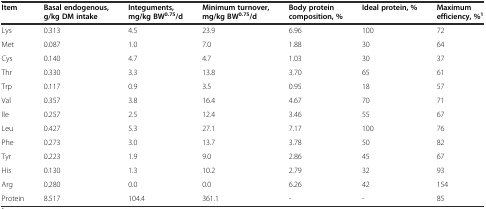
<table><thead><tr><td><b>Item</b></td><td><b>Basal endogenous, g/kg DM intake</b></td><td><b>Integuments, mg/kg BW<sup>0.75</sup>/d</b></td><td><b>Minimum turnover, mg/kg BW<sup>0.75</sup>/d</b></td><td><b>Body protein composition, %</b></td><td><b>Ideal protein, %</b></td><td><b>Maximum efficiency, %<sup>1</sup></b></td></tr></thead><tbody><tr><td>Lys</td><td>0.313</td><td>4.5</td><td>23.9</td><td>6.96</td><td>100</td><td>72</td></tr><tr><td>Met</td><td>0.087</td><td>1.0</td><td>7.0</td><td>1.88</td><td>30</td><td>64</td></tr><tr><td>Cys</td><td>0.140</td><td>4.7</td><td>4.7</td><td>1.03</td><td>30</td><td>37</td></tr><tr><td>Thr</td><td>0.330</td><td>3.3</td><td>13.8</td><td>3.70</td><td>65</td><td>61</td></tr><tr><td>Trp</td><td>0.117</td><td>0.9</td><td>3.5</td><td>0.95</td><td>18</td><td>57</td></tr><tr><td>Val</td><td>0.357</td><td>3.8</td><td>16.4</td><td>4.67</td><td>70</td><td>71</td></tr><tr><td>Ile</td><td>0.257</td><td>2.5</td><td>12.4</td><td>3.46</td><td>55</td><td>67</td></tr><tr><td>Leu</td><td>0.427</td><td>5.3</td><td>27.1</td><td>7.17</td><td>100</td><td>76</td></tr><tr><td>Phe</td><td>0.273</td><td>3.0</td><td>13.7</td><td>3.78</td><td>50</td><td>82</td></tr><tr><td>Tyr</td><td>0.223</td><td>1.9</td><td>9.0</td><td>2.86</td><td>45</td><td>67</td></tr><tr><td>His</td><td>0.130</td><td>1.3</td><td>10.2</td><td>2.79</td><td>32</td><td>93</td></tr><tr><td>Arg</td><td>0.280</td><td>0.0</td><td>0.0</td><td>6.26</td><td>42</td><td>154</td></tr><tr><td>Protein</td><td>8.517</td><td>104.4</td><td>361.1</td><td>-</td><td>-</td><td>85</td></tr></tbody></table>